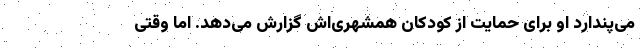
می‌پندارد او برای حمایت از کودکان همشهری‌اش گزارش می‌دهد. اما وقتی